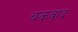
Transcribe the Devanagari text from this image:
बकवाद